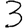
Digit: 3